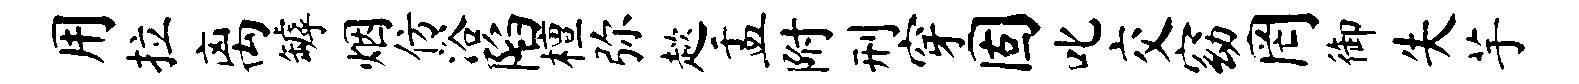
用拉离罅烟仿浴陷檀弥趑盂附刑穿固叱交窈罔御失芋